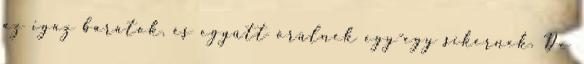
az igaz barátok, és együtt örülnek egy-egy sikernek. De